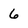
Character: 6